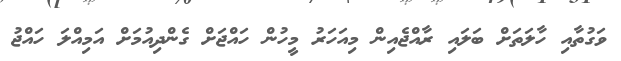
ވަގުތާއި ހާލަތަށް ބަލައި ރާއްޖެއިން މިއަހަރު މީހުން ހައްޖަށް ގެންދިއުމަށް އަމިއްލަ ހައްޖު